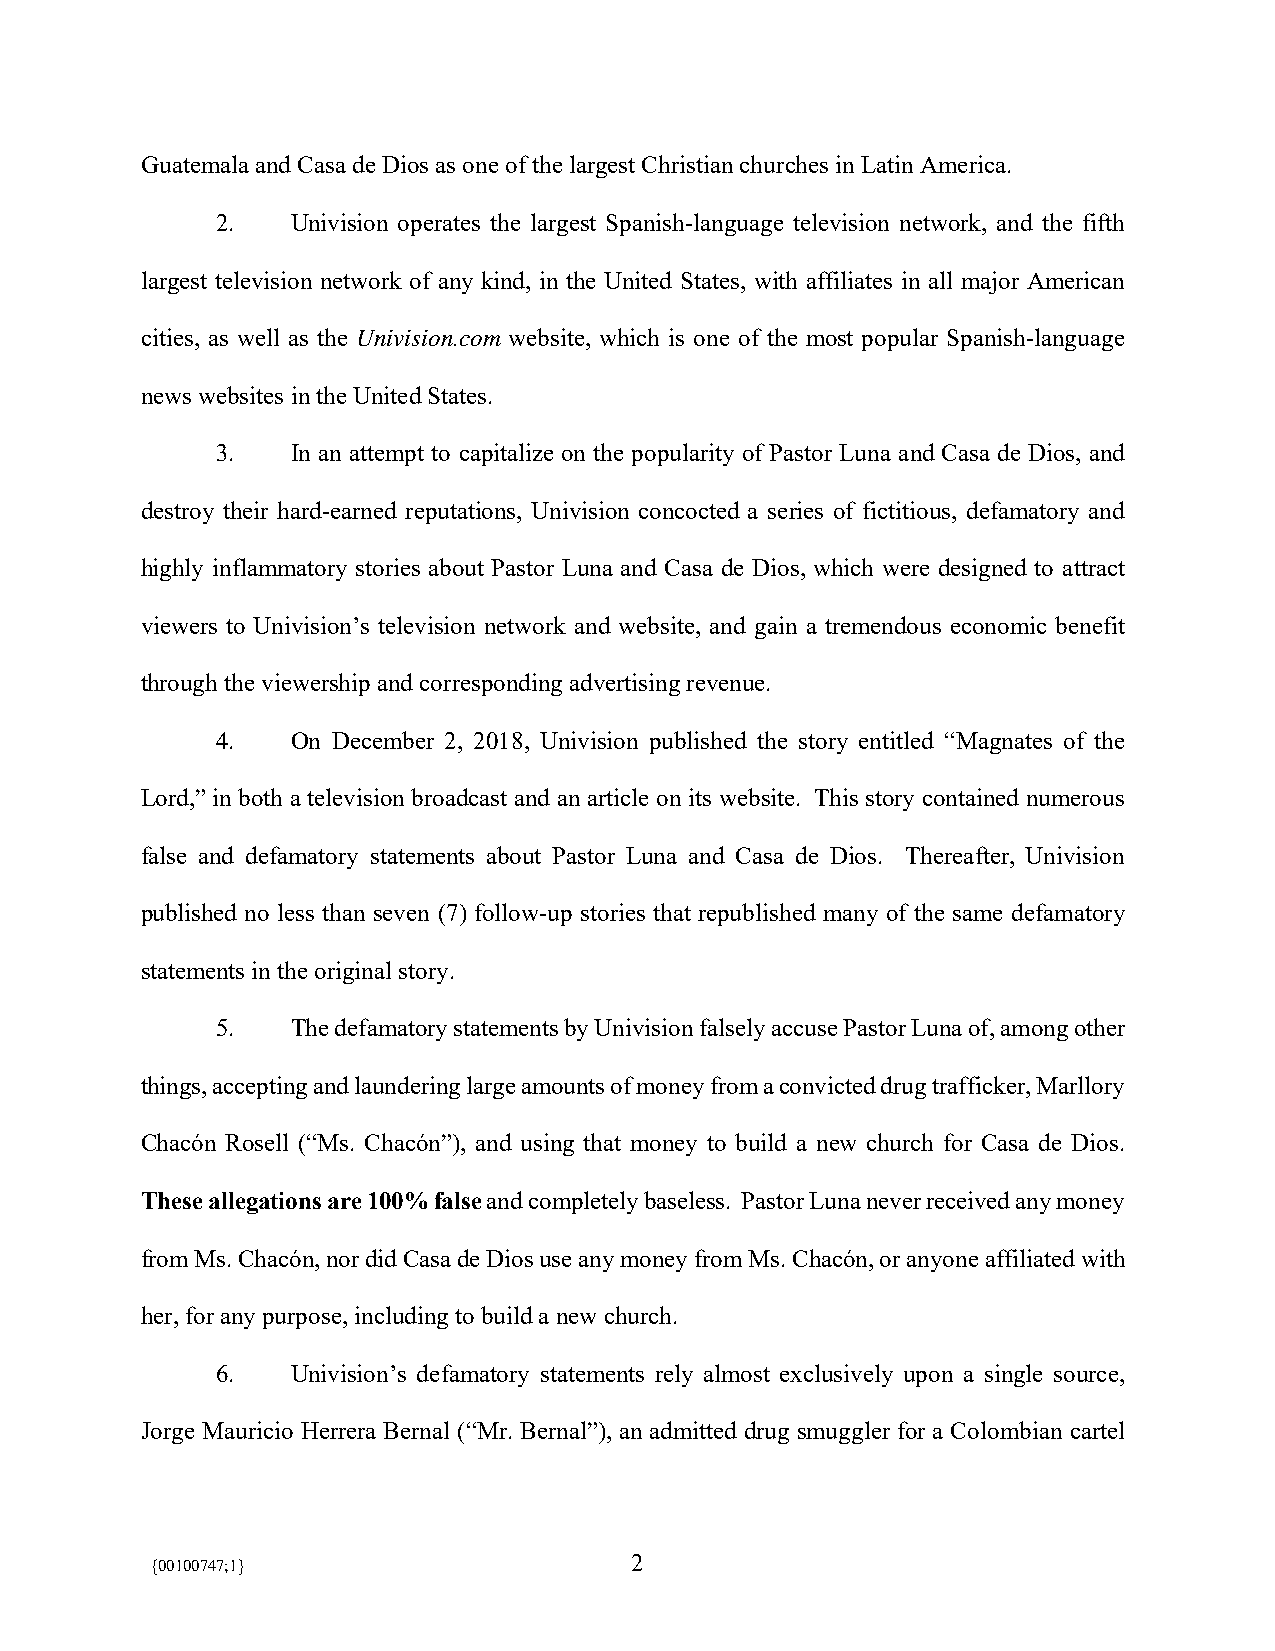
Guatemala and Casa de Dios as one of the largest Christian churches in Latin America.
 2.   Univision operates the largest Spanish-language television network, and the fifth
 largest television network of any kind, in the United States, with affiliates in all major American
 cities, as well as the Univision.com website, which is one of the most popular Spanish-language
 news websites in the United States.
 3.   In an attempt to capitalize on the popularity of Pastor Luna and Casa de Dios, and
 destroy their hard-earned reputations, Univision concocted a series of fictitious, defamatory and
 highly inflammatory stories about Pastor Luna and Casa de Dios, which were designed to attract
 viewers to Univision’s television network and website, and gain a tremendous economic benefit
 through the viewership and corresponding advertising revenue.
 4.   On December 2, 2018, Univision published the story entitled “Magnates of the
 Lord,” in both a television broadcast and an article on its website. This story contained numerous
 false and defamatory statements about Pastor Luna and Casa de Dios. Thereafter, Univision
 published no less than seven (7) follow-up stories that republished many of the same defamatory
 statements in the original story.
 5.   The defamatory statements by Univision falsely accuse Pastor Luna of, among other
 things, accepting and laundering large amounts of money from a convicted drug trafficker, Marllory
 Chacón Rosell (“Ms. Chacón”), and using that money to build a new church for Casa de Dios.
 These allegations are 100% false and completely baseless. Pastor Luna never received any money
 from Ms. Chacón, nor did Casa de Dios use any money from Ms. Chacón, or anyone affiliated with
 her, for any purpose, including to build a new church.
 6.   Univision’s defamatory statements rely almost exclusively upon a single source,
 Jorge Mauricio Herrera Bernal (“Mr. Bernal”), an admitted drug smuggler for a Colombian cartel
 2
 {00100747;1}